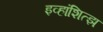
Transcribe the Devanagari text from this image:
इव्हांशित्झ